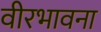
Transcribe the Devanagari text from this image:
वीरभावना